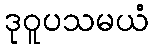
ဒုဝူပသမယံ